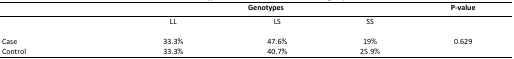
<table><thead><tr><td></td><td colspan="3"><b>Genotypes</b></td><td><b>P-value</b></td></tr></thead><tbody><tr><td></td><td>LL</td><td>LS</td><td>SS</td><td rowspan="3">0.629</td></tr><tr><td>Case</td><td>33.3%</td><td>47.6%</td><td>19%</td></tr><tr><td>Control</td><td>33.3%</td><td>40.7%</td><td>25.9%</td></tr></tbody></table>